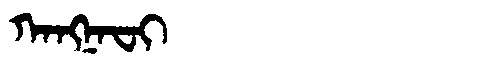
Manchu: ᡴᠠᠩᠨᠠᠸᡳ
Romanization: KANGNAFI